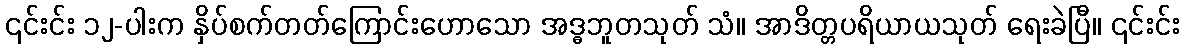
၎င်းင်း ၁၂-ပါးက နှိပ်စက်တတ်ကြောင်းဟောသော အဒ္ဓဘူတသုတ် သံ။ အာဒိတ္တပရိယာယသုတ် ရေးခဲပြီ။ ၎င်းင်း